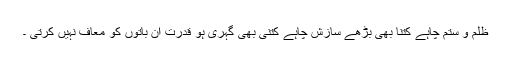
ظلم و ستم چاہے کتنا بھی بڑھے سازش چاہے کتنی بھی گہری ہو قدرت ان باتوں کو معاف نہیں کرتی ۔